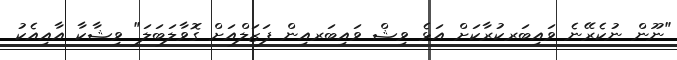
"ނޫން ނުކެރޭނެ ވައިބަރކުރާކަށް އަޅެ ވިޝް ވައިބަރއިން ފަޒަލްއަށް ގޮވާލަބަލަ" ވިޝާކާ އާއިއެކު